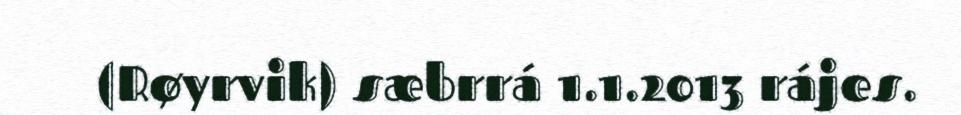
(Røyrvik) sæbrrá 1.1.2013 rájes.